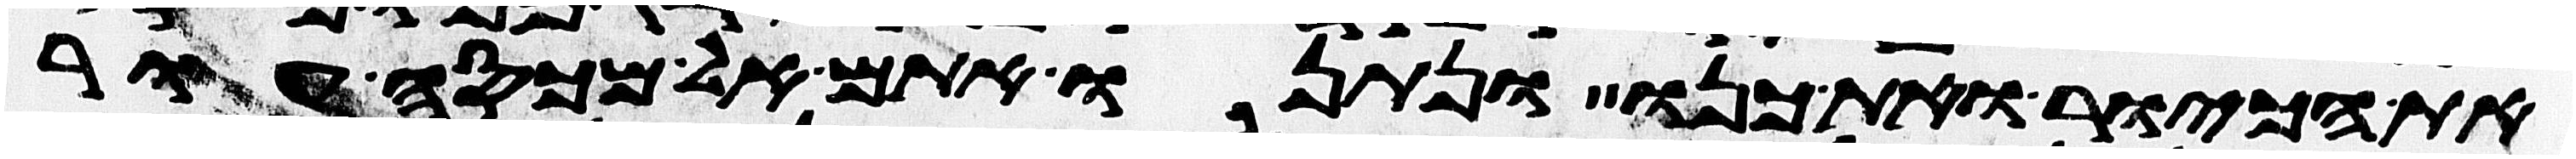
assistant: את הכיור ואת כנו ונתנו אתם אל מכסה עור